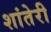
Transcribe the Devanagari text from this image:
शांतेरी